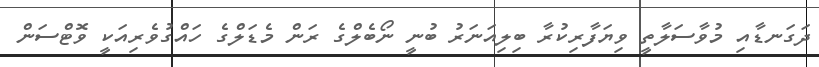
ދަގަނޑާއި މުވާސަލާތީ ވިޔަފާރިކުރާ ބިލިއަނަރު ބުނީ ނޯބެލްގެ ރަން މެޑަލްގެ ހައްގުވެރިއަކީ ވޮޓްސަން